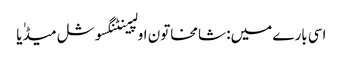
اسی بارے میں: شامخاتون اولپینٹنگسوشل میڈٰیا